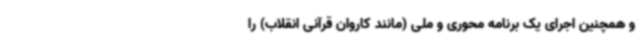
و همچنین اجرای یک برنامه محوری و ملی (مانند کاروان قرآنی انقلاب) را